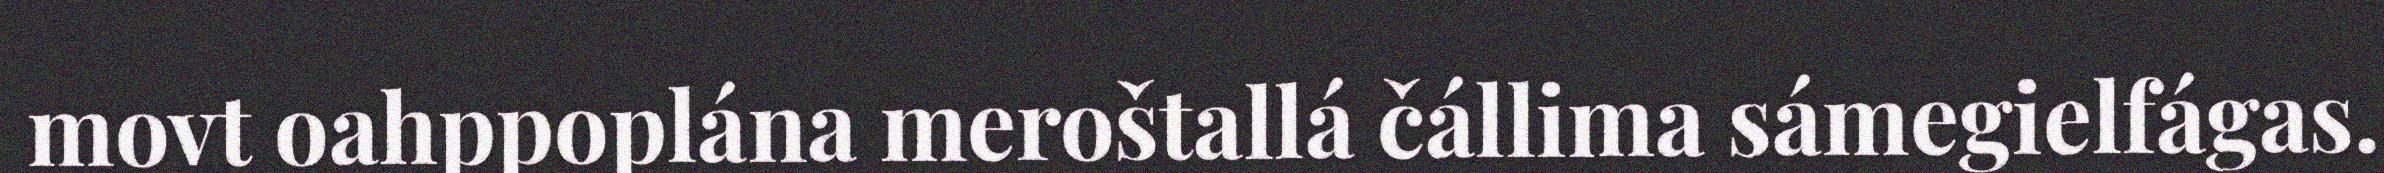
movt oahppoplána meroštallá čállima sámegielfágas.